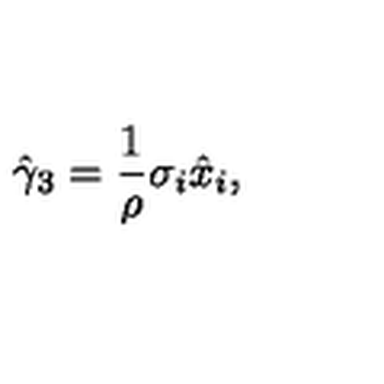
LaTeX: \hat { \gamma } _ { 3 } = \frac { 1 } { \rho } \sigma _ { i } \hat { x } _ { i } ,